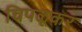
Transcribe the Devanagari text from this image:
चिपळूकर